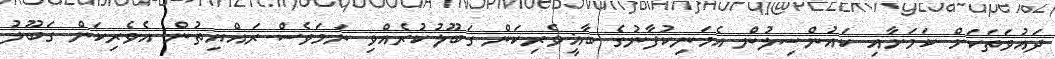
ދައުވަތަކަށް ކަމަށާއި ކައުންސިލުން އެމަނިކުފާނުގެ ބާޣީވެރިކަން ގަބޫލުކުރެއްވި ނަމަވެސް ރައްޔިތުން އެވެރިކަން ގަބޫލު